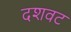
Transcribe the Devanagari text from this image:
दशवट